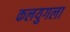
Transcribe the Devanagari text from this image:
कलयुगला